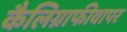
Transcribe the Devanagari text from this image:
कैलिग्राफीवापर